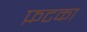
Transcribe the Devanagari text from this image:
फ़टका